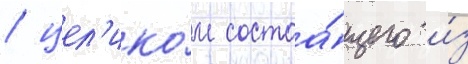
/ цел'ико́м состоа́щего и́з